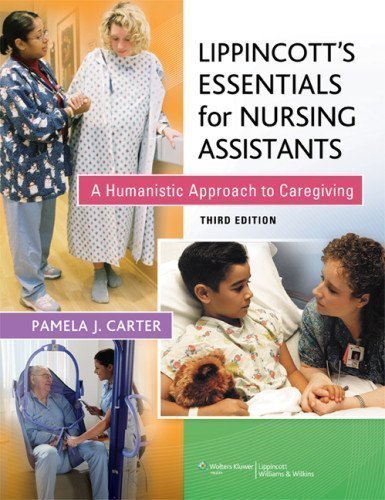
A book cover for Lippincott's Essentials for Nursing Assistants 3rd (third) Edition by Carter RN BSN MEd CNOR, Pamela published by Lippincott Williams & Wilkins (2012); Medical Books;